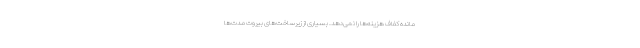
مانده کفاف هزینه‌ها را نمی‌دهد. بسیاری از زیرساخت‌های بیروت مدت‌ها